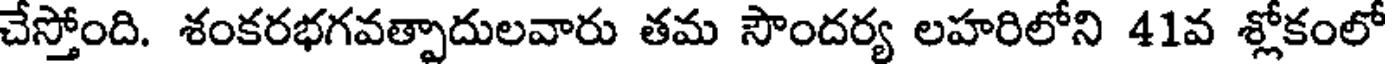
చేస్తోంది. శంకరభగవత్పాదులవారు తమ సౌందర్య లహరిలోని 41వ శ్లోకంలో